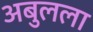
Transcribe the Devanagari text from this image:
अबुलला